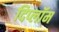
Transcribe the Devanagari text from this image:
दिप्लॉम